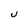
Character: u